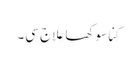
کِنا سوکھا عِلاج سی۔